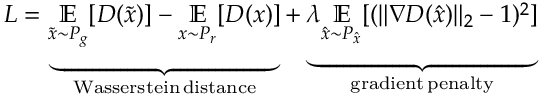
L = \underbrace { \underset { \tilde { x } \sim P _ { g } } { \mathbb { E } } [ D ( \tilde { x } ) ] - \underset { x \sim P _ { r } } { \mathbb { E } } [ D ( x ) ] } _ { \mathrm { W a s s e r s t e i n \, d i s t a n c e } } + \underbrace { \lambda \underset { \hat { x } \sim P _ { \hat { x } } } { \mathbb { E } } [ ( \lVert \nabla D ( \hat { x } ) \rVert _ { 2 } - 1 ) ^ { 2 } ] } _ { \mathrm { g r a d i e n t \, p e n a l t y } }